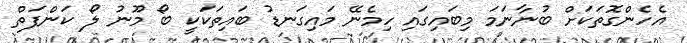
އެހެންގޮތަކަށް ބުނާނަމަ މިބައިގައި ހިމެނޭ މައިގަނޑު ބައިތަކަކީ ބޯ މޫނު ލޯ ކަންފަތް